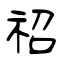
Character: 祒